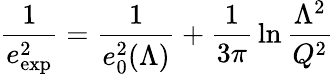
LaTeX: {\frac{1}{e_{\mathrm{exp}}^{2}}}={\frac{1}{e_{0}^{2}(\Lambda)}}+{\frac{1}{3\pi}}\ln{\frac{\Lambda^{2}}{Q^{2}}}